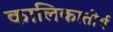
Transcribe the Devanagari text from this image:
कालिकातीर्थ